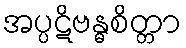
အပ္ပဋိဗန္ဓစိတ္တာ